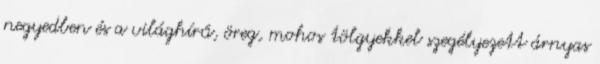
negyedben és a világhírű, öreg, mohos tölgyekkel szegélyezett árnyas